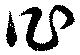
作